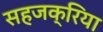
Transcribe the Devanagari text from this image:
सहजक्रिया